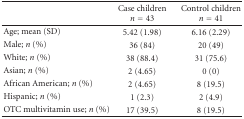
<table><thead><tr><td></td><td><b>Case children <i>n</i> = 43</b></td><td><b>Control children <i>n</i> = 41</b></td></tr></thead><tbody><tr><td>Age; mean (SD)</td><td>5.42 (1.98)</td><td>6.16 (2.29)</td></tr><tr><td>Male; <i>n</i> (%)</td><td>36 (84)</td><td>20 (49)</td></tr><tr><td>White; <i>n</i> (%)</td><td>38 (88.4)</td><td>31 (75.6)</td></tr><tr><td>Asian; <i>n</i> (%)</td><td>2 (4.65)</td><td>0 (0)</td></tr><tr><td>African American; <i>n</i> (%)</td><td>2 (4.65)</td><td>8 (19.5)</td></tr><tr><td>Hispanic; <i>n</i> (%)</td><td>1 (2.3)</td><td>2 (4.9)</td></tr><tr><td>OTC multivitamin use; <i>n</i> (%)</td><td>17 (39.5)</td><td>8 (19.5)</td></tr></tbody></table>